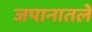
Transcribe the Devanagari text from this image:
जपानातले